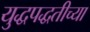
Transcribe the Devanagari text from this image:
युद्धपद्धतीच्या